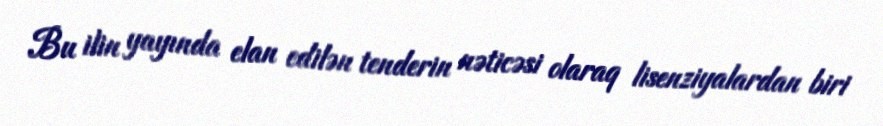
Bu ilin yayında elan edilən tenderin nəticəsi olaraq lisenziyalardan biri